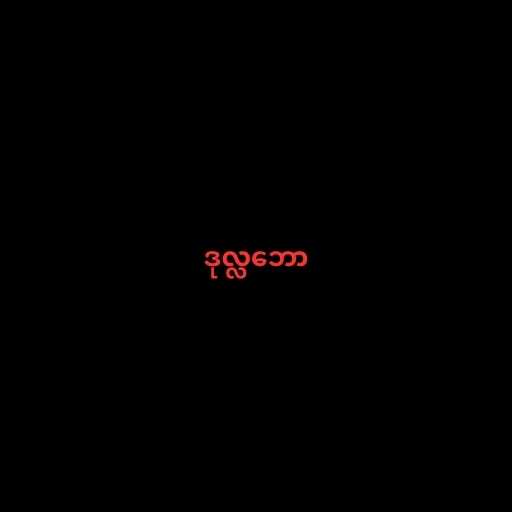
ဒုလ္လဘော